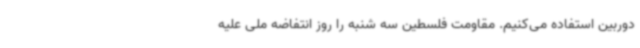
دوربین استفاده می‌کنیم. مقاومت فلسطین سه شنبه را روز انتفاضه ملی علیه